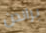
براندن